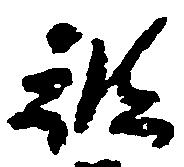
被